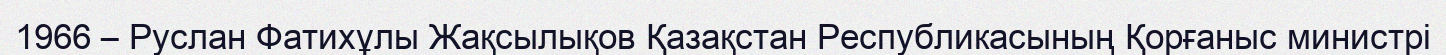
1966 – Руслан Фатихұлы Жақсылықов Қазақстан Республикасының Қорғаныс министрі